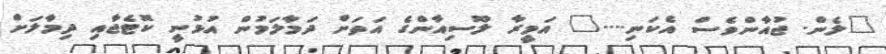
"ލެން. ޖުއާންވެސް އެކަނި...." އަމީރާ ލޫސިއާންގެ އަތަށް ދަމާލަމުން އުޅުނީ ކޮޓެޖާއި ދިމާލަށް